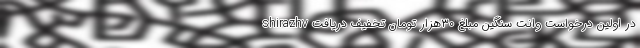
shirazhv در اولین درخواست وانت سنگین مبلغ ۳۰هزار تومان تخفیف دریافت